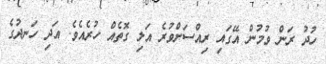
ހުދު ރަން ވުމުން އޭގައި ރިއްސަށްވުރެ އަލި ގޮތެއް ހުރެއެވެ. އަދި ހަނދުގެ